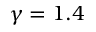
\gamma = 1 . 4